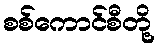
စစ်ကောင်စီတို့